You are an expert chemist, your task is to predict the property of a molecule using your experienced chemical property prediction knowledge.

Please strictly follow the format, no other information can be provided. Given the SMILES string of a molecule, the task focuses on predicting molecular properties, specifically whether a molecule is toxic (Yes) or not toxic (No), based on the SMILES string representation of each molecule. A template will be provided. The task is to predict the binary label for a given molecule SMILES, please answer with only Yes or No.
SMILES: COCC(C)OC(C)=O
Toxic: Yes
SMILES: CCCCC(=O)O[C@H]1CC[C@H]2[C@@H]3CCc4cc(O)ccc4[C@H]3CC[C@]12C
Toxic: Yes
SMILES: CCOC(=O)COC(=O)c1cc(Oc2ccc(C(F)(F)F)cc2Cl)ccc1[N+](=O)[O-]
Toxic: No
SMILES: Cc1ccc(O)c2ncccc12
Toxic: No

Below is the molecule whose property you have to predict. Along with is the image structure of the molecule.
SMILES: CCn1cc[n+](C)c1.O=S(=O)([N-]S(=O)(=O)C(F)(F)F)C(F)(F)F
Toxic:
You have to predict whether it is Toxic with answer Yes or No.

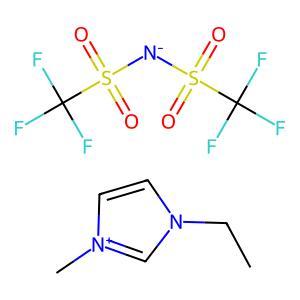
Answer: No